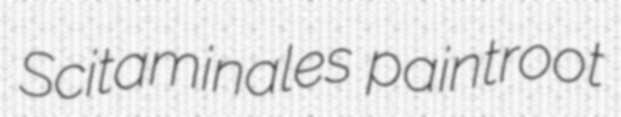
Scitaminales paintroot